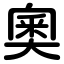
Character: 奧